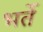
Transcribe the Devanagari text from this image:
भर्ते